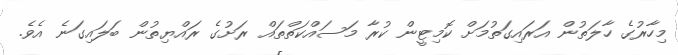
މިހާރުގެ ހާލަތުން އަރައިގަތުމަށް ކޮމިޓީން ކުރާ މަސައްކަތްތައް ރަށުގެ ރައްޔިތުން ބަލައިގަނެ އެވެ.